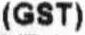
(GST)